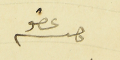
عضو